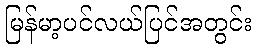
မြန်မာ့ပင်လယ်ပြင်အတွင်း